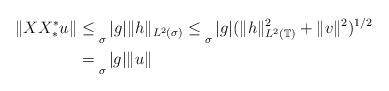
LaTeX: \begin{align*}\| XX_*^* u\| & \leq \mathop{}_{\sigma}|g|\|h\|_{L^2(\sigma)}\leq\mathop{}_{\sigma}|g|(\|h\|_{L^2(\mathbb T)}^2 + \|v\|^2)^{1/2} \\ &=\mathop{}_{\sigma}|g|\|u\|\end{align*}